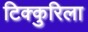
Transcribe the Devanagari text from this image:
टिक्कुरिला